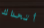
أتحداك